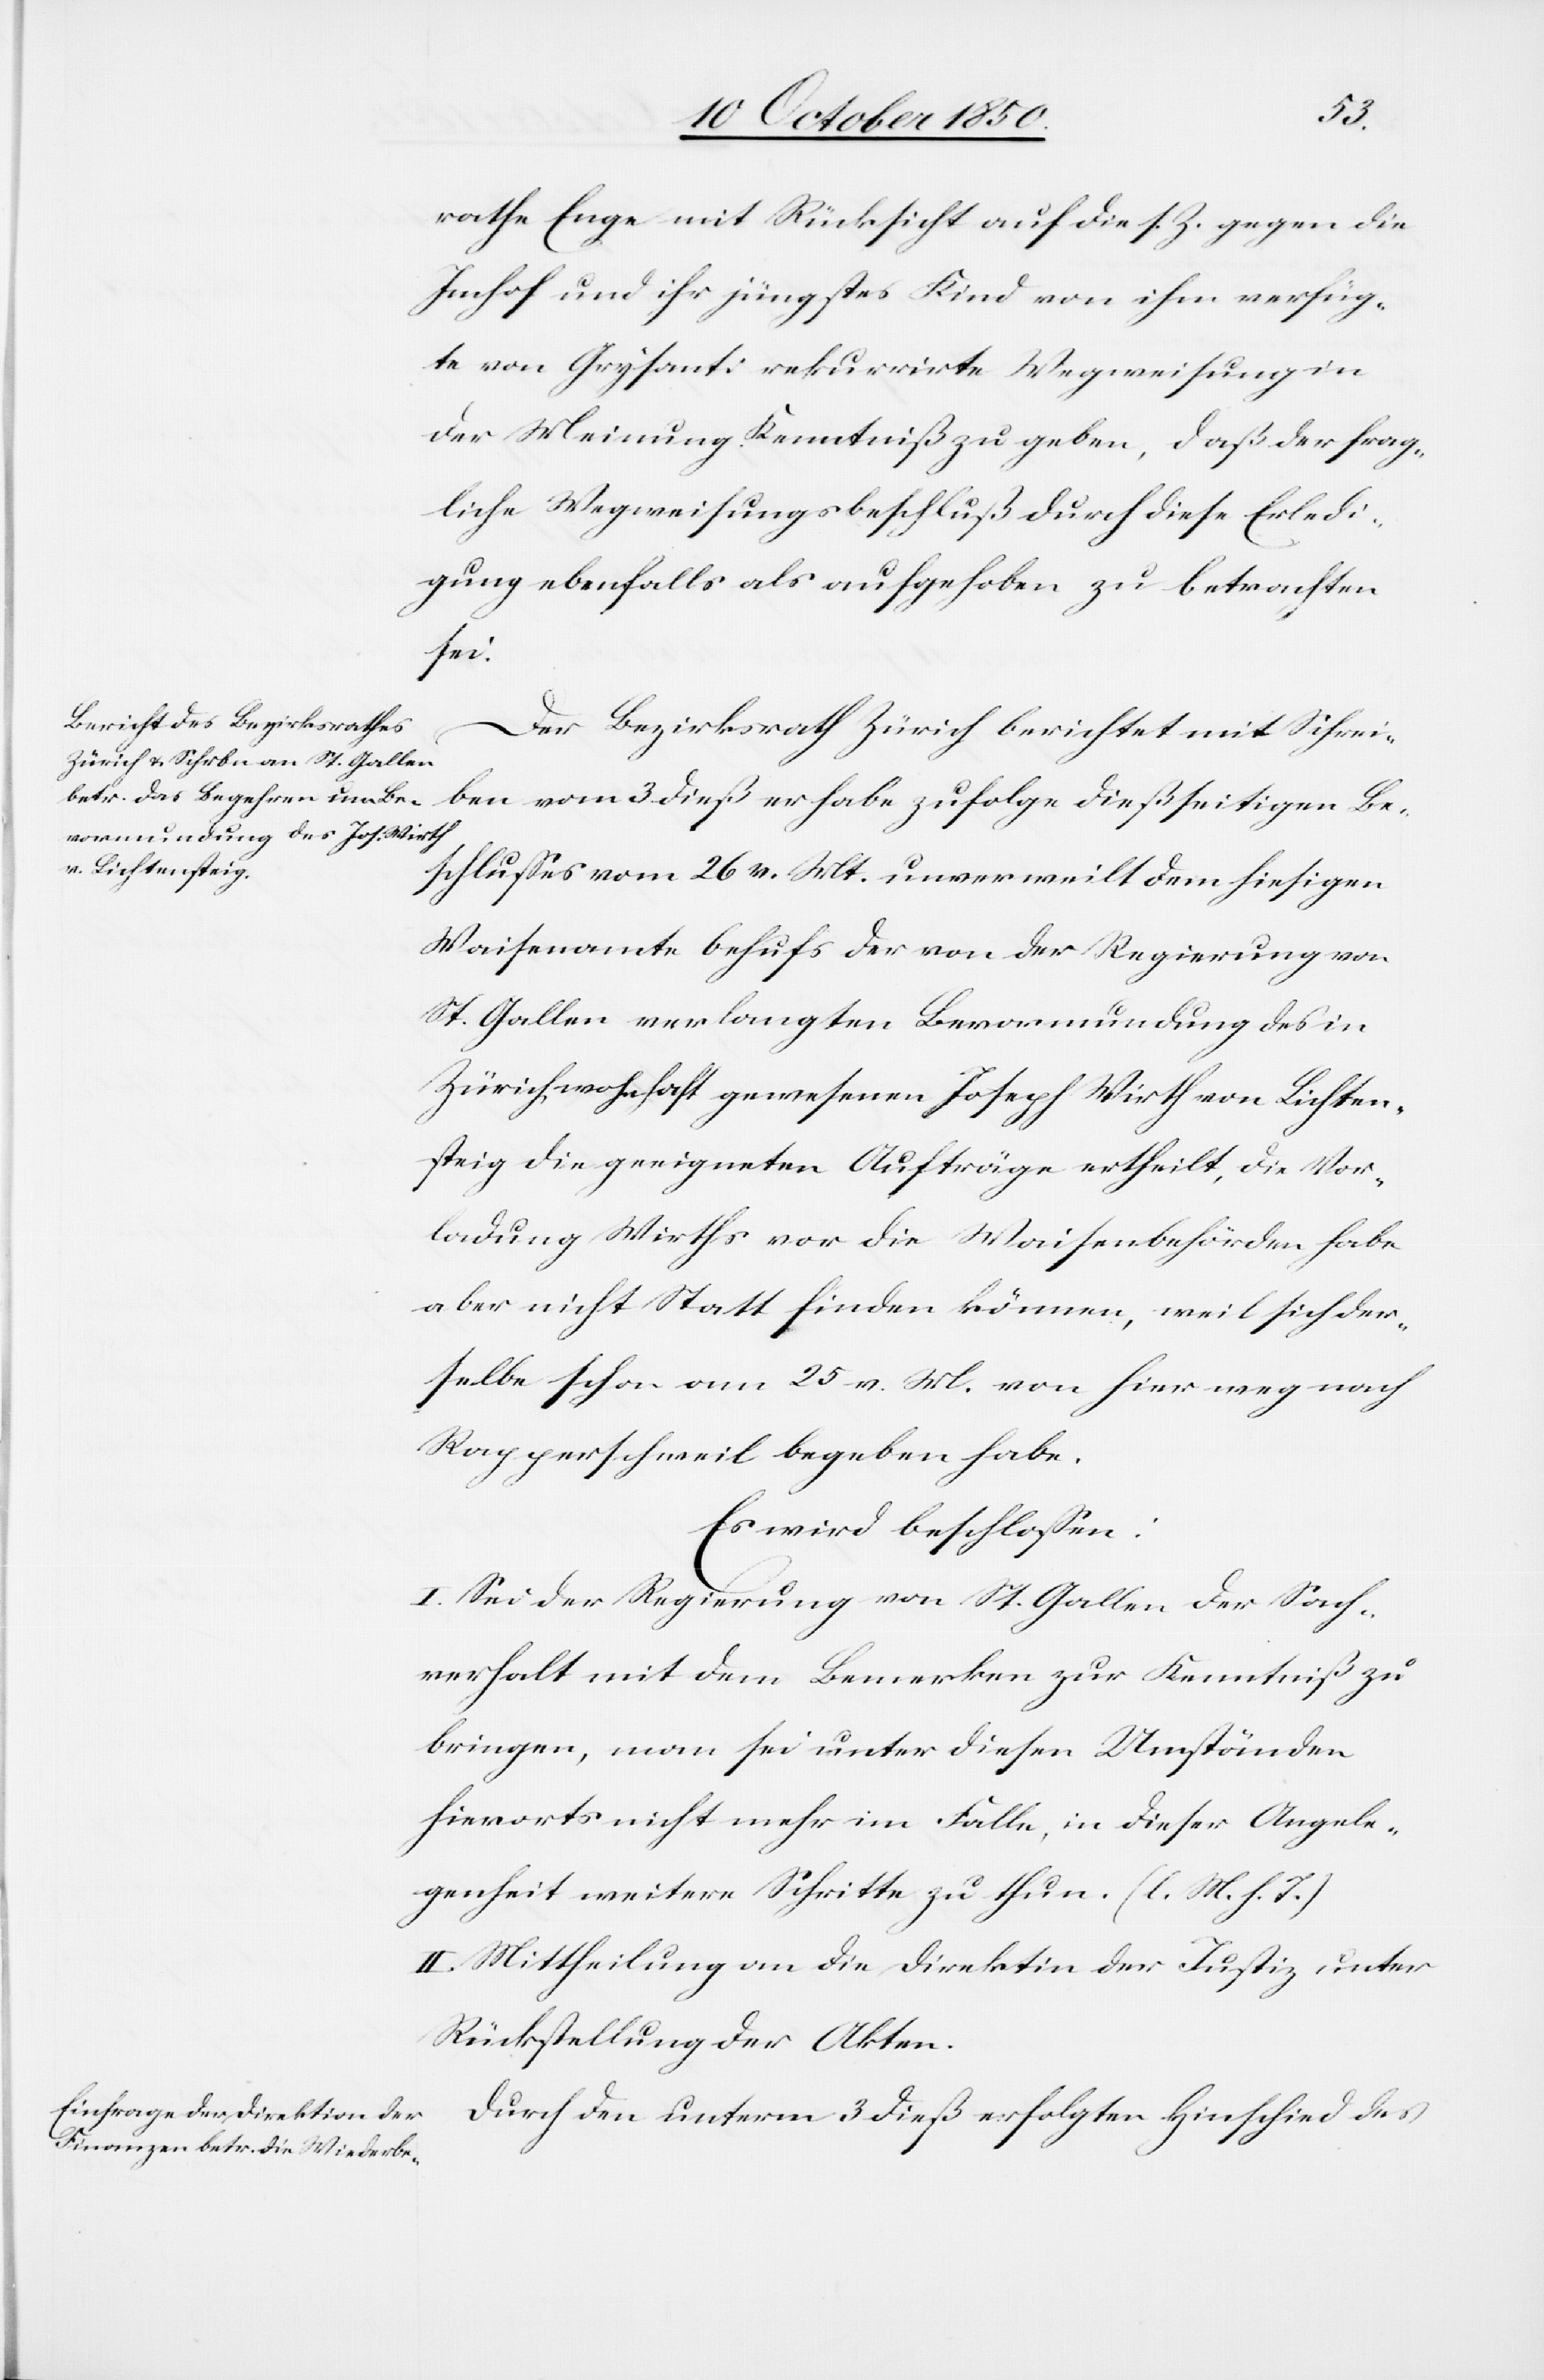
rathe Enge mit Rücksicht auf die s. Z. gegen die
Imhof und ihr jüngstes Kind von ihm verfüg¬
te von Grysanti rekurrirte Wegweisung in
der Meinung Kenntniß zu geben, daß der frag¬
liche Wegweisungsbeschluß durch diese Erledi¬
gung ebenfalls als aufgehoben zu betrachten
sei.
Der Bezirksrath Zürich berichtet mit Schrei¬
ben vom 3 dieß er habe zufolge dießseitigen Be¬
schlusses vom 26 v. Mt. unverweilt dem hiesigen
Waisenamte behufs der von der Regierung von
St. Gallen verlangten Bevormundung des in
Zürich wohnhaft gewesenen Joseph Wirth von Lichten¬
steig die geeigneten Aufträge ertheilt, die Vor¬
ladung Wirths vor die Waisenbehörden habe
aber nicht Statt finden können, weil sich der¬
selbe schon am 25 v. M. von hier weg nach
Rapperschweil begeben habe.
Es wird beschlossen:
I. Sei der Regierung von St. Gallen der Sach¬
verhalt mit dem Bemerken zur Kenntniß zu
bringen, man sei unter diesen Umständen
hierorts nicht mehr im Falle, in dieser Angele¬
genheit weitere Schritte zu thun. (l. M. h. T.)
II. Mittheilung an die Direktion der Justiz unter
Rückstellung der Akten.
Durch den unterm 3 dieß erfolgten Hinschied des